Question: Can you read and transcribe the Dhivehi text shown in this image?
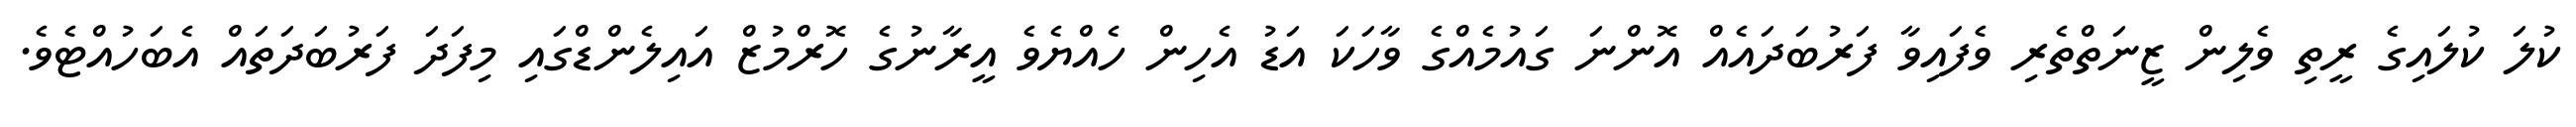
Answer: ކުލަ ކުލައިގެ ރީތި ވެލިން ޒީނަތްތެރި ވެފައިވާ ފަރުބަދައެއް އޮންނަ ގައުމެއްގެ ވާހަކަ އަޑު އެހިން ހެއްޔެވެ އީރާނުގެ ހޮރްމުޒް އައިލެންޑްގައި މިފަދަ ފަރުބަދަތައް އެބަހުއްޓެވެ.